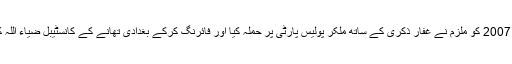
12 جولائی 2007 کو ملزم نے غفار ذکری کے ساتھ ملکر پولیس پارٹی پر حملہ کیا اور فائرنگ کرکے بغدادی تھانے کے کانسٹیبل ضیاء اللہ کوزخمی کیا۔